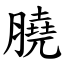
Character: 膮